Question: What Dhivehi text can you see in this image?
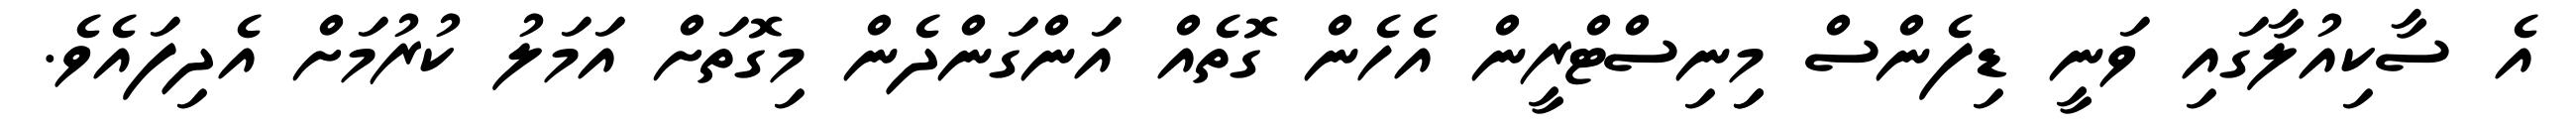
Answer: އެ ސާކިއުލާގައި ވަނީ ޑިފެންސް މިިނިސްޓްރީން އެހެން ގޮތެއް އަންގަންދެން މިގޮތަށް އަމަލު ކުރުމަށް އެދިފައެވެ.